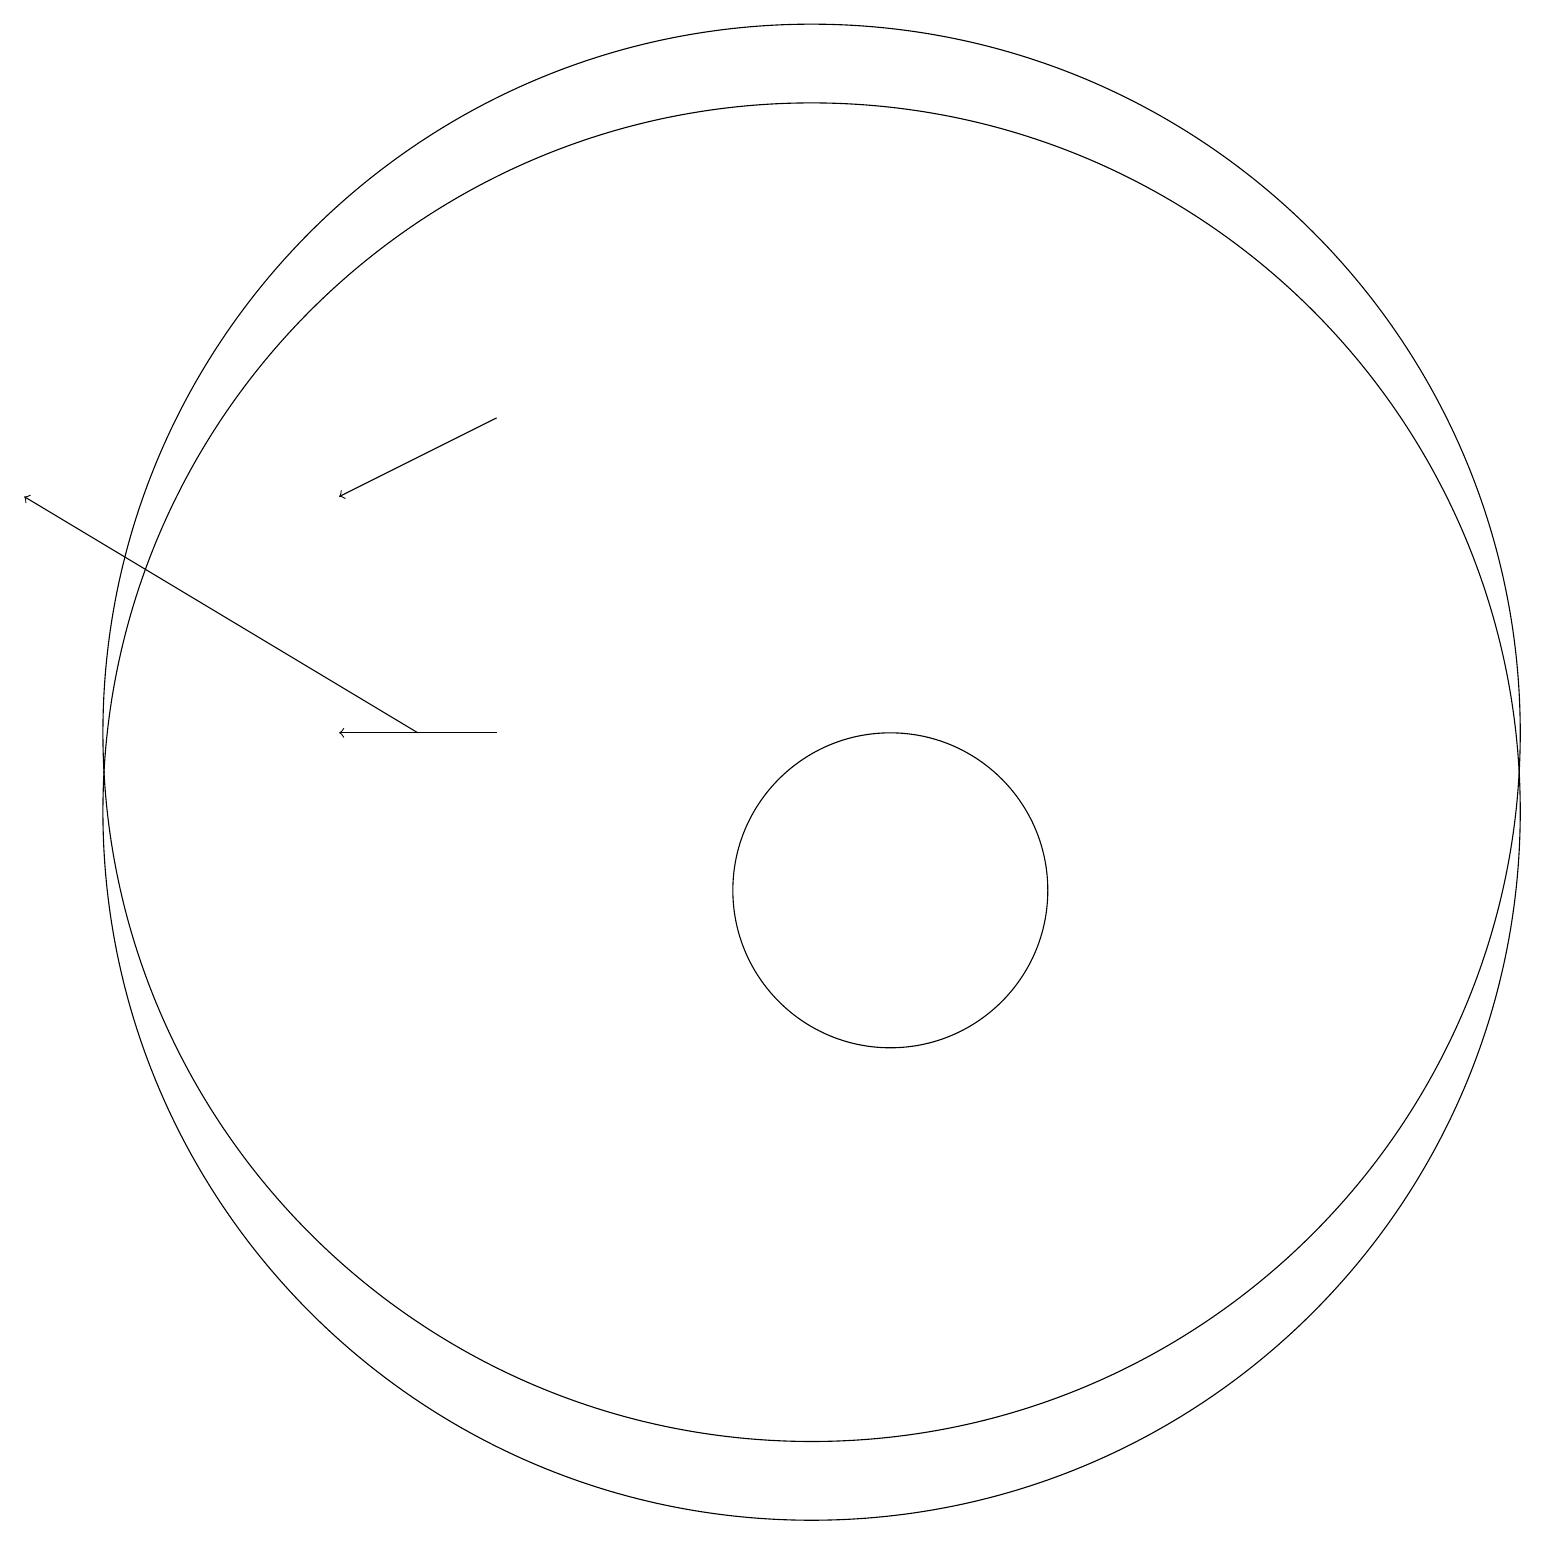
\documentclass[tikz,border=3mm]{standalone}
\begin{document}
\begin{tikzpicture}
\draw[->] (5,12) -- (0,15);
\draw (10,12) circle (9);
\draw[->] (6,12) -- (4,12);
\draw (10,11) circle (9);
\draw (11,10) circle (2);
\draw[->] (6,16) -- (4,15);
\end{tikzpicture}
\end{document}